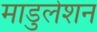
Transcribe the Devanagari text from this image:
माडुलेशन